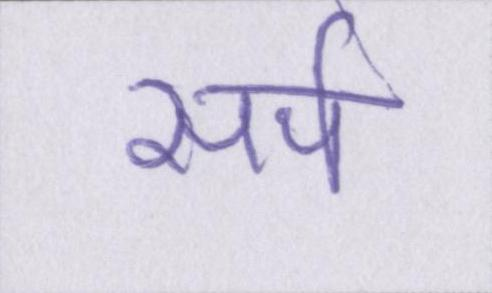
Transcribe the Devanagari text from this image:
सर्प